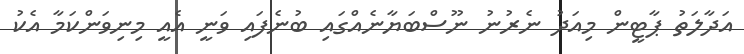
އަދާލަތު ޕާޓީން މިއަދު ނެރުނު ނޫސްބަޔާނެއްގައި ބުނެފައި ވަނީ އެއީ މިނިވަންކަމާ އެކު